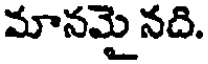
మానమై నది.